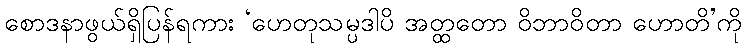
စောဒနာဖွယ်ရှိပြန်ရကား ‘ဟေတုသမ္ပဒါပိ အတ္ထတော ဝိဘာဝိတာ ဟောတိ’ကို